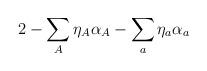
LaTeX: \begin{align*}2 - \sum_A\eta_A\alpha_A - \sum_a\eta_a\alpha_a\end{align*}